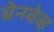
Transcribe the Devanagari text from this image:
ब्रेनवेव्ह